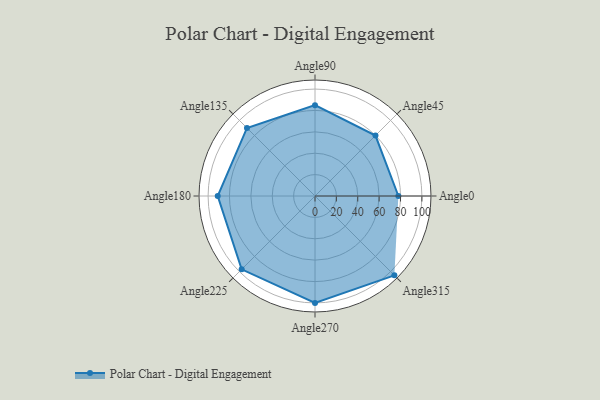
{"axis": {"x": "Angle", "y": "Radius"}, "legend": [""], "data": [{"x": "Angle0", "y": 78.0, "type": ""}, {"x": "Angle45", "y": 80.0, "type": ""}, {"x": "Angle90", "y": 85.0, "type": ""}, {"x": "Angle135", "y": 90.0, "type": ""}, {"x": "Angle180", "y": 91.0, "type": ""}, {"x": "Angle225", "y": 97.0, "type": ""}, {"x": "Angle270", "y": 100.0, "type": ""}, {"x": "Angle315", "y": 105.0, "type": ""}]}